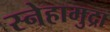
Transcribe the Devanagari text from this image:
स्नेहामुद्रा